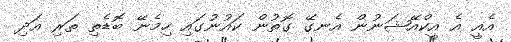
އެއީ އެ އީކްއޭޝަނުން އެނގޭ ގޮތުން ކައުނުގައި ހިމެނޭ ބޮޑެތި ތަރި އަދި